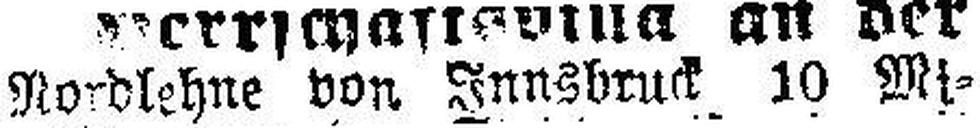
Nordlehne von. Innsbruck 10 Mi¬